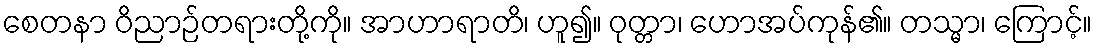
စေတနာ ဝိညာဉ်တရားတို့ကို။ အာဟာရာတိ၊ ဟူ၍။ ဝုတ္တာ၊ ဟောအပ်ကုန်၏။ တသ္မာ၊ ကြောင့်။